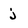
Character: j